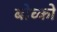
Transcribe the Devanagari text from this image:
बोच्को